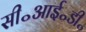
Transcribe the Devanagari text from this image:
सी॰आई॰डी॰